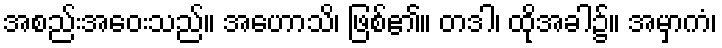
အစည်းအဝေးသည်။ အဟောသိ၊ ဖြစ်၏။ တဒါ၊ ထိုအခါ၌။ အမှာကံ၊